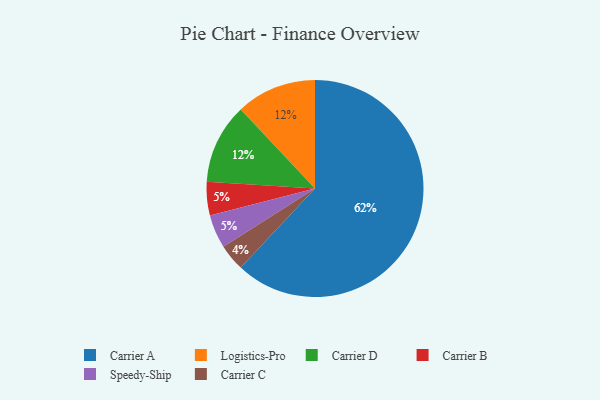
{"axis": {"x": "Category", "y": "Percentage"}, "legend": ["Carrier A", "Carrier B", "Carrier C", "Carrier D", "Logistics-Pro", "Speedy-Ship"], "data": [{"x": "Logistics-Pro", "y": 12, "type": "Logistics-Pro"}, {"x": "Carrier B", "y": 5, "type": "Carrier B"}, {"x": "Speedy-Ship", "y": 5, "type": "Speedy-Ship"}, {"x": "Carrier C", "y": 4, "type": "Carrier C"}, {"x": "Carrier A", "y": 62, "type": "Carrier A"}, {"x": "Carrier D", "y": 12, "type": "Carrier D"}]}